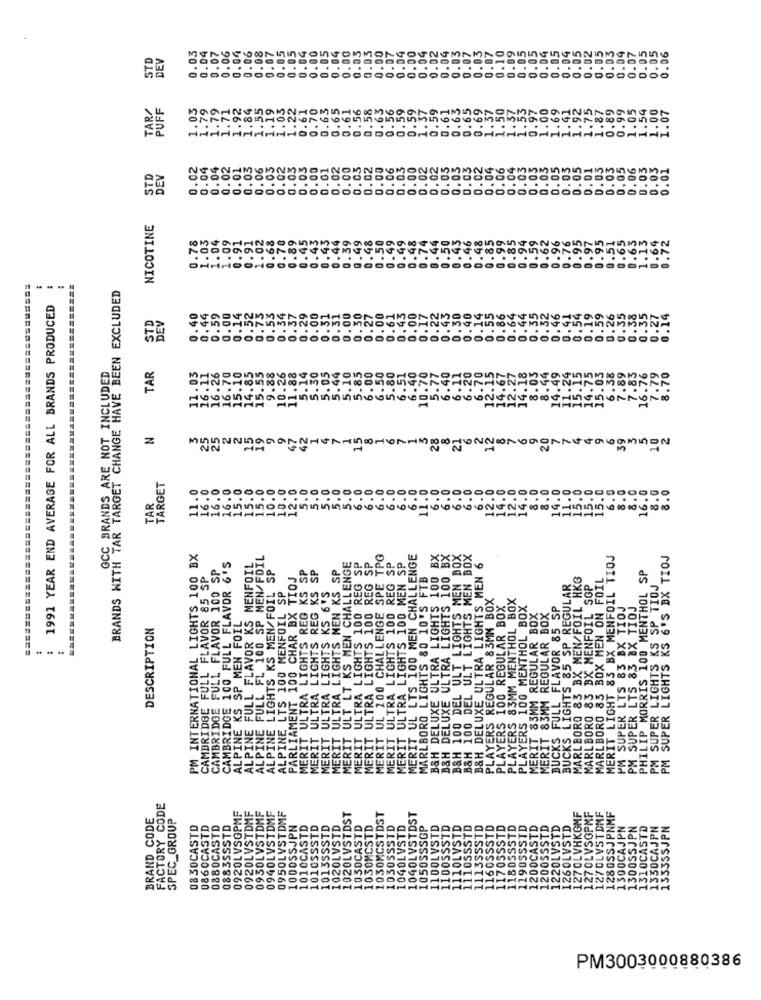
0.06
0.07
0.05
0.00
0.00
0.00
0.04
0.02
0.04
0.03
0.03
0.07
0.10
0.09
0.05
0.05
0.02
0.05
0.03
0.04
0.07
0.05
0.06
STD
DEV
0.03
0.04
0.07
0.06
0.04
0.05
0.04
0.05
0.04
0.03
0.03
0.00
0.07
0.04
0.07
0.05
0.05
0.04
0.05
PUFF
1.79
1.79
1.71
1.92
1.84
1.55
1.19
1.03
1.22
0.61
0.70
0.63
0.65
0.61
0.56
0.58
0.59
0.59
1.37
0.59
0.61
0.65
0.69
1.37
1.50
0.97
1.00
1.69
1.41
1.92
1.75
1.87
0.89
0.99
1.05
1.54
1.00
1.07
0.6.
0.5
1.3.
1.
0.
AMI
0.02
0.03
0.05
0.03
0.05
0.02
.04
0.04
0.02
0.01
0.03
0.06
0.03
0.03
0.00
0.01
0.02
0.00
0.05
0.02
0.00
0.06
0.03
0.00
0.02
0.02
0.05
.02
0.04
0.06
0.04
0.03
0.03
0.03
0.03
0.05
0.01
0.03
0.03
0.05
0.06
0.03
0.03
0.01
STD
DEV
NICOTINE
0.78
1.03
1.04
1.09
0.91
0.91
1.02
0.68
0.70
0.89
0.45
0.43
0.44
0.39
0.96
0.43
9.49
0.4
0.9
0.5
0.62
0.76
...
BRANDS WITH TAR TARGET CHANGE HAVE BEEN EXCLUDED
1991 YEAR END AVERAGE FOR ALL BRANDS PRODUCED
0.00
0.52
0.53
0.34
0.37
0.29
0.40
0.44
0.59
0.14
0.73
0.00
0.31
.00
.46
14
0.5
0.3
GCC BRANDS ARE NOT INCLUDED
15.10
14.85
15.55
10.26
5.14
5.30
5.05
5.44
5.10
5.85
6.00
6.50
5.80
6.51
6.40
5.77
6.40
6.11
6.20
12.15
14.18
8.03
8.44
14.49
15.15
TAR
11.03
16.11
16.26
9.88
11.88
10.70
.6.70
14.67
11.2
14.7
15.03
6.38
7.89
7.83
16.7
.79
25
2
15
19
9
47
42
1
4
7
1
15
8
1
6
1
28
8
21
6
2
8
6
9
20
7
4
6
39
2
25
TARGET
11.0
16.0
16.0
16.0
15.0
15.0
15.0
10.0
10.0
12.0
5.0
5.0
5.0
5.0
6.0
6.0
6.0
6.0
6.0
6.0
11.0
6.0
6.0
6.0
12.0
14.0
12.0
14.0
8.0
8.0
14.0
11.0
15.0
15.0
15.0
6.0
8.0
8.0
16.0
8.0
8.0
5.
6.
O
6.
TAR
PM INTERNATIONAL LIGHTS 100 BX
ALPINE FULL FL 100 SP MEN/FDIL
MERIT ULTRA LIGHTS 100 REG SP
MERIT ULTRA LIGHTS 100 REG SP.
UL 100 CHALLENGE SPE TPG
ULTRA LIGHTS 100 MEN SP
IT UL LTS 100 MEN CHALLENGE
BX
SH 100 DEL ULT LIGHTS MEN BOX
B&H 100 DEL ULT LIGHTS MEN BOX
MERIT LIGHT 83 BX MENFOIL TIOJ
PM SUPER LIGHTS KS 6'S BX TIOJ
CAMBRIDGE FULL FLAVOR 100 SP
CAMBRIDGE 100 FULL FLAVOR 6'S
ALPINE FULL FLAVOR KS MENFOIL
MERIT ULTRA LIGHTS REG KS SP
MERIT ULTRA LIGHTS NEN KS SP
MERIT ULT LT KS MEN CHALLENGE
ULTRA LIGHTS 100 REG SP
B&H DELUXE ULTRA LIGHTS MEN 6
CAMBRIDGE FULL FLAVOR 85 SP
ALPINE LIGHTS KS MEN/FOIL SP
PARLIAMENT 100 CHAR BX TIOJ
MARLBORO LIGHTS 80 10'S FTB
&H DELUXE ULTRA LIGHTS 100
DELUXE ULTRA LIGHTS 100
MARLBORO 83 BX MEN/FOIL HKG
MARLBORO 83 BOX MEN ON FOIL
PHILIP MORRIS 100 MENTHOL SP
ALPINE LTS 100 MENFOIL SP
MERIT ULTRA LIGHTS KS 6'S
BUCKS LIGHTS 85 SP REGULAR
MARLBORO 83 BX MENFOIL SOP
MERIT ULTRA LIGHTS REG K
PLAYERS REGULAR 83MM BOX
PLAYERS 100 REGULAR BOX
PLAYERS 83MM MENTHOL BOX
PLAYERS 100 MENTHOL BOX
MERIT 83MM REGULAR BOX
MERIT 83MM REGULAR BOX
BUCKS FULL FLAVOR 85 SP
PM SUPER LTS 83 BX TIOJ
PM SUPER LTS 83 8X TIOJ
ALPINE KS SP_MEN FOIL
DESCRIPTION
SUPER LIGHTS KS
FACTORY CODE
0920LVSGPMF
0930LVSTDMF
BRAND CODE
SPEC_GROUP
0920LVSTDMF
0940LVSTDMF
0950LVSTDMF
1020LVSTDST
DST
TDST
08 30CASTD
0860CASTD
0880CASTD
0883SSSTD
1000SSJPN
1010CASTD
1010SSSTD
1013SSSTD
1020LVSTD
1030CASTD
1030MCSTD
STD
STD
PM3003000880386